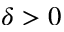
\delta > 0